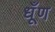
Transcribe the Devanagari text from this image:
धूँण